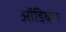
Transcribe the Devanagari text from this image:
ऑडिबल